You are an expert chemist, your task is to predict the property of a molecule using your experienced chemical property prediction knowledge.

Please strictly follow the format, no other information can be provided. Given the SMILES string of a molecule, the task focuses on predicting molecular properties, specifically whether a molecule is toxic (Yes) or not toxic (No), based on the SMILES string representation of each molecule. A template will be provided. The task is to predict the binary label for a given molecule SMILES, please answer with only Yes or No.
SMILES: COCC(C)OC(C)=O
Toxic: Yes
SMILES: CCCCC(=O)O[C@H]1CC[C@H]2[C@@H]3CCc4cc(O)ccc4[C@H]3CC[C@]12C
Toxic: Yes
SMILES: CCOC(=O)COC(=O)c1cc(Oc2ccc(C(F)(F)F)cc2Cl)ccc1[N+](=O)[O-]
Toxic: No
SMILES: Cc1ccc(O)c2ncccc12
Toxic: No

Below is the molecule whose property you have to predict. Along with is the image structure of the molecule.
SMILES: COc1ccc(NC(C)=O)cc1N
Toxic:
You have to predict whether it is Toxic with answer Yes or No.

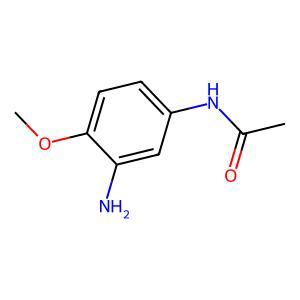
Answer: No